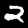
Digit: 2